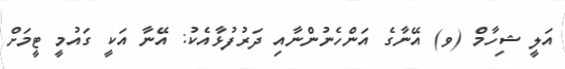
އަލީ ޝިހާމް (ވ) އޭނާގެ އަންހެނުންނާއި ދަރުފުޅާއެކު: އޭނާ އަކީ ގައުމީ ޓީމަށް